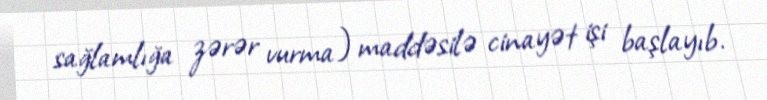
sağlamlığa zərər vurma) maddəsilə cinayət işi başlayıb.